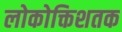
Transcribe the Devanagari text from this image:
लोकोक्तिशतक